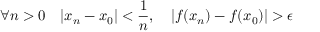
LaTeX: \forall n > 0 \quad | x _ { n } - x _ { 0 } | < { \frac { 1 } { n } } , \quad | f ( x _ { n } ) - f ( x _ { 0 } ) | > \epsilon